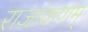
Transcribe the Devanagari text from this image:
राजांकणम्